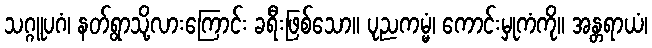
သဂ္ဂူပဂံ၊ နတ်ရွာသို့လားကြောင်း ခရီးဖြစ်သော။ ပုညကမ္မံ၊ ကောင်းမှုကံကို။ အန္တရာယံ၊